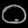
Digit: ၀